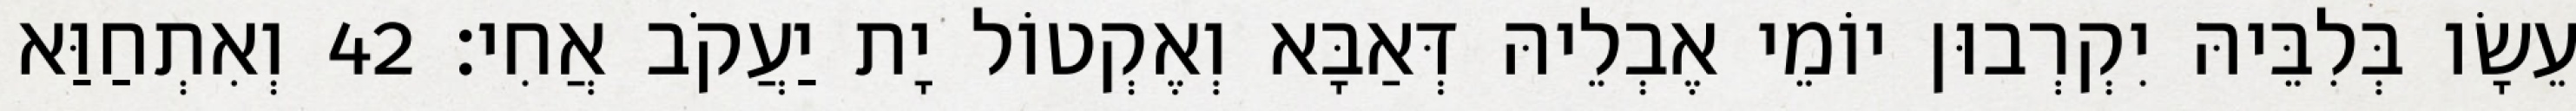
עֵשָׂו בְּלִבֵּיהּ יִקְרְבוּן יוֹמֵי אֶבְלֵיהּ דְּאַבָּא וְאֶקְטוֹל יָת יַעֲקֹב אֲחִי׃ 42 וְאִתְחַוַּא